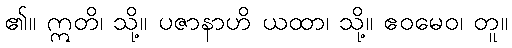
၏။ ဣတိ၊ သို့။ ပဇာနာဟိ ယထာ၊ သို့။ ဧဝမေဝ၊ တူ။